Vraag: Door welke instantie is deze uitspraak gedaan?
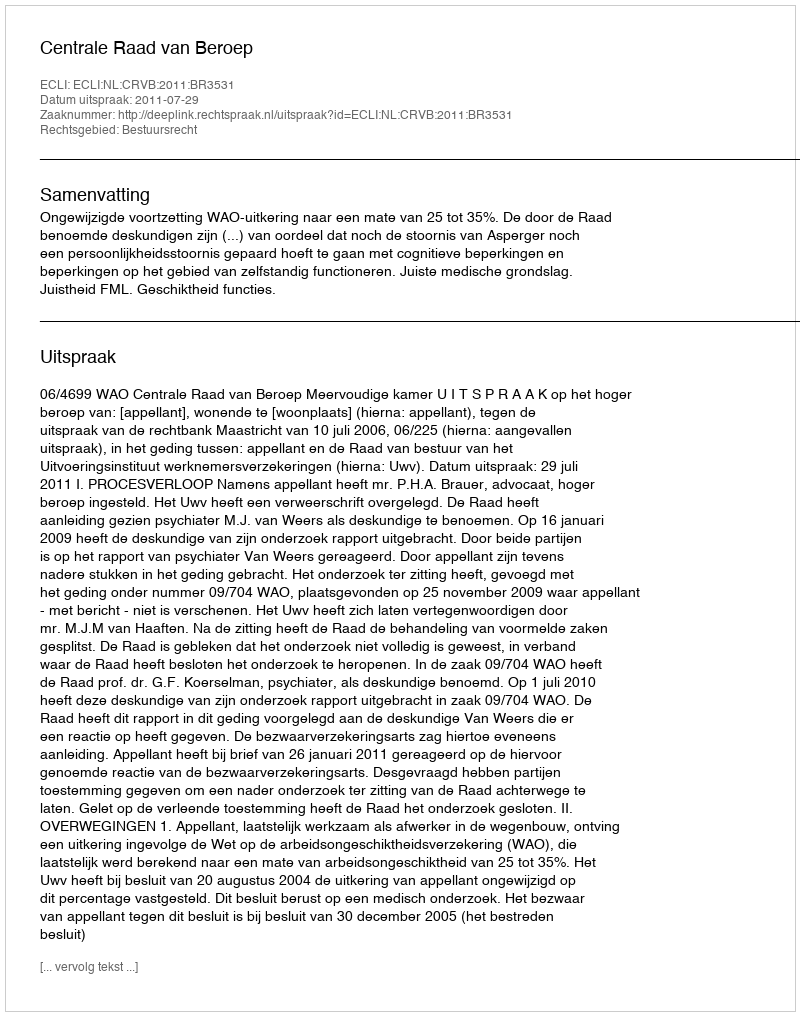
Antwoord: Centrale Raad van Beroep